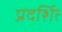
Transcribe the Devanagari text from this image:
प्रदर्शित्‍